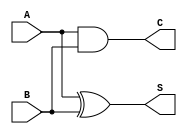
module current_mode_half_adder (
    input wire A,  // Input current representing the first binary digit
    input wire B,  // Input current representing the second binary digit
    output wire S, // Output current representing the sum
    output wire C  // Output current representing the carry
);

// Logic for Sum (S) and Carry (C)
assign S = A ^ B; // Sum is A XOR B
assign C = A & B; // Carry is A AND B

endmodule